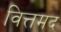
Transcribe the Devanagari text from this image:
वित्तमद